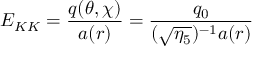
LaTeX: E _ { K K } = \frac { q ( \theta , \chi ) } { a ( r ) } = \frac { q _ { 0 } } { ( \sqrt { \eta _ { 5 } } ) ^ { - 1 } a ( r ) }